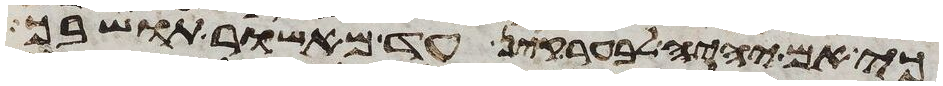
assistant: כי אם יהיה לבער קין עד מאשור תושבך